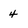
Character: 4